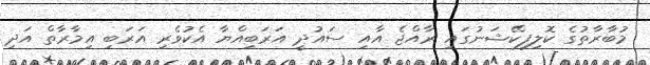
މުބާރާތުގެ ކޮލިފިކޭޝަނުގައި ރާއްޖެ އާއި ސައުދީ އަރަބިއްޔާ އެކުވެރި އަރަބި އިމާރާތް އަދި